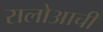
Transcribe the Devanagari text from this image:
रालोआची